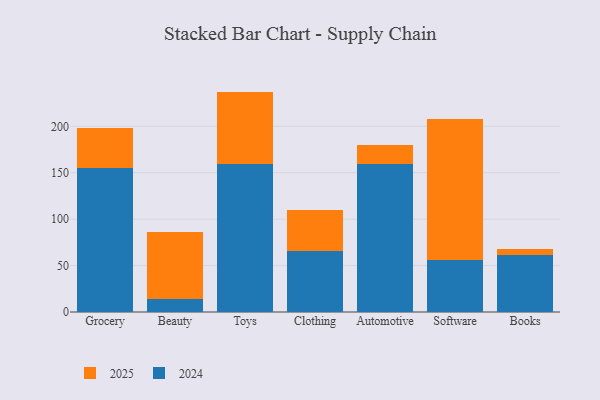
{"axis": {"x": "Category", "y": "Active Users"}, "legend": ["2024", "2025"], "data": [{"x": "Grocery", "y": 154.7, "type": "2024"}, {"x": "Grocery", "y": 43.1, "type": "2025"}, {"x": "Beauty", "y": 14.3, "type": "2024"}, {"x": "Beauty", "y": 71.5, "type": "2025"}, {"x": "Toys", "y": 159.0, "type": "2024"}, {"x": "Toys", "y": 78.4, "type": "2025"}, {"x": "Clothing", "y": 65.5, "type": "2024"}, {"x": "Clothing", "y": 44.9, "type": "2025"}, {"x": "Automotive", "y": 159.8, "type": "2024"}, {"x": "Automotive", "y": 19.9, "type": "2025"}, {"x": "Software", "y": 56.5, "type": "2024"}, {"x": "Software", "y": 151.2, "type": "2025"}, {"x": "Books", "y": 61.1, "type": "2024"}, {"x": "Books", "y": 6.5, "type": "2025"}]}